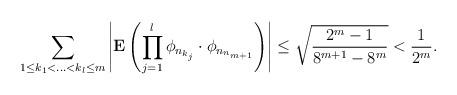
LaTeX: \begin{align*}\sum_{1\le k_1<\ldots<k_l\le m}\left|{\textbf E}\left(\prod_{j=1}^l\phi_{n_{k_j}}\cdot \phi_{n_{n_{m+1}}}\right)\right|\le \sqrt{\frac{ 2^m-1}{ 8^{m+1}-8^m}}< \frac{1}{2^m}.\end{align*}